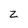
Character: Z